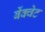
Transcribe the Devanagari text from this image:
बेंक्वेट